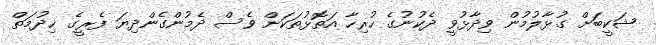
ޝަކީބަށް ގުޅާލުމުން ވިދާޅުވީ ދެކުނުގެ ހުރިހާ އަތޮޅުތަކަށް ވެސް ދެމުންގެންދިޔަ ފެރީގެ ޚިދުމަތް